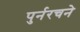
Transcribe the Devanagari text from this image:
पुर्नरचने